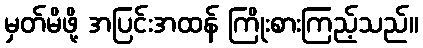
မှတ်မိဖို့ အပြင်းအထန် ကြိုးစားကြည့်သည်။